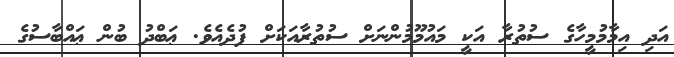
އަދި އިމާމުމީހާގެ ސުތުރާ އަކީ މައުމޫމުންނަށް ސުތުރާއަކަށް ފުދެއެވެ. ޢަބްދު ބުން ޢައްބާސުގެ